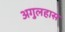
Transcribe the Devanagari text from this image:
अगुलहास